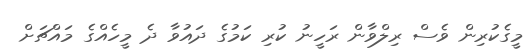
މީގެކުރިން ވެސް ރިލްވާން ރަހީނު ކުރި ކަމުގެ ދައުވާ ދެ މީހެއްގެ މައްޗަށް